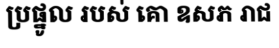
ប្រផ្នូល របស់ គោ ឧសភ រាជ